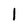
Character: 1